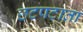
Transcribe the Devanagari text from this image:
छटपटाता